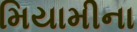
મિયામીના